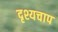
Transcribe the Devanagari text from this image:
दृश्यचाप